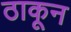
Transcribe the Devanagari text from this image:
ठाकून